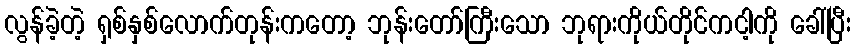
လွန်ခဲ့တဲ့ ရှစ်နှစ်လောက်တုန်းကတော့ ဘုန်းတော်ကြီးသော ဘုရားကိုယ်တိုင်ကငါ့ကို ခေါ်ပြီး